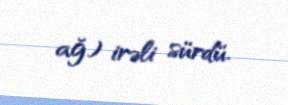
ağ) irəli sürdü.